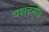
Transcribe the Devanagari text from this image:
यशदमेव